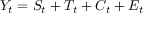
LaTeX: Y _ { t } = S _ { t } + T _ { t } + C _ { t } + E _ { t }